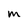
Character: M